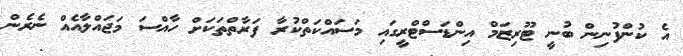
އެ ކުންފުނިން ބުނީ ޓޫރިޒަމް އިންޑަސްޓްރީގައި މަސައްކަތްކުރާ ފަރާތްތަކަށް ހާއްސަ މަޖައްލާއެއް ނެރެން